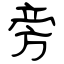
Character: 旁